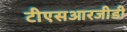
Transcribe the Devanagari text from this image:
टीएसआरजीडी